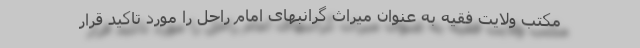
مکتب ولایت فقیه به عنوان میراث گرانبهای امام راحل را مورد تاکید قرار